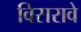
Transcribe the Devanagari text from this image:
विसरावे